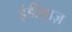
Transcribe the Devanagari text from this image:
इंडीयाज़